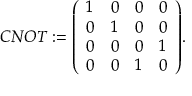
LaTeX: C N O T : = { \left( \begin{array} { l l l l } { 1 } & { 0 } & { 0 } & { 0 } \\ { 0 } & { 1 } & { 0 } & { 0 } \\ { 0 } & { 0 } & { 0 } & { 1 } \\ { 0 } & { 0 } & { 1 } & { 0 } \end{array} \right) } .